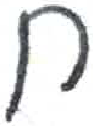
אות: ח